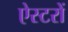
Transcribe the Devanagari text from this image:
ऐस्टरों